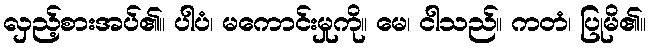
လှည့်စားအပ်၏။ ပါပံ၊ မကောင်းမှုကို။ မေ၊ ငါသည်။ ကတံ၊ ပြုမိ၏။